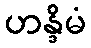
ဟန္ဒိမံ